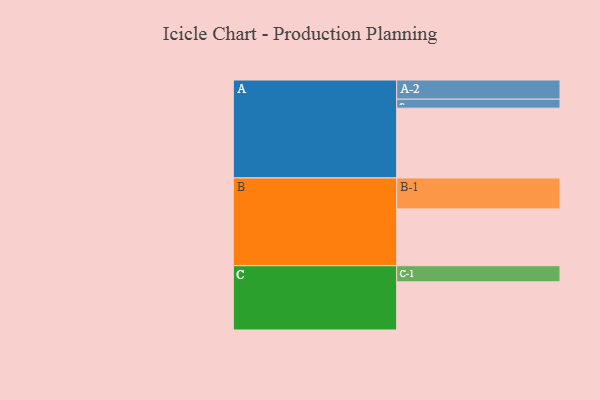
{"axis": {"x": "Segment", "y": "Value"}, "legend": ["", "A", "B", "C"], "data": [{"x": "A", "y": 568, "type": ""}, {"x": "B", "y": 462, "type": ""}, {"x": "C", "y": 392, "type": ""}, {"x": "A-1", "y": 73, "type": "A"}, {"x": "A-2", "y": 156, "type": "A"}, {"x": "B-1", "y": 252, "type": "B"}, {"x": "C-1", "y": 131, "type": "C"}]}